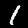
Label: 1